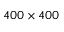
4 0 0 \times 4 0 0